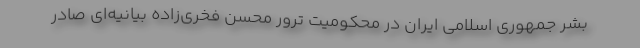
بشر جمهوری اسلامی ایران در محکومیت ترور محسن فخری‌زاده بیانیه‌ای صادر